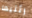
رئتيها